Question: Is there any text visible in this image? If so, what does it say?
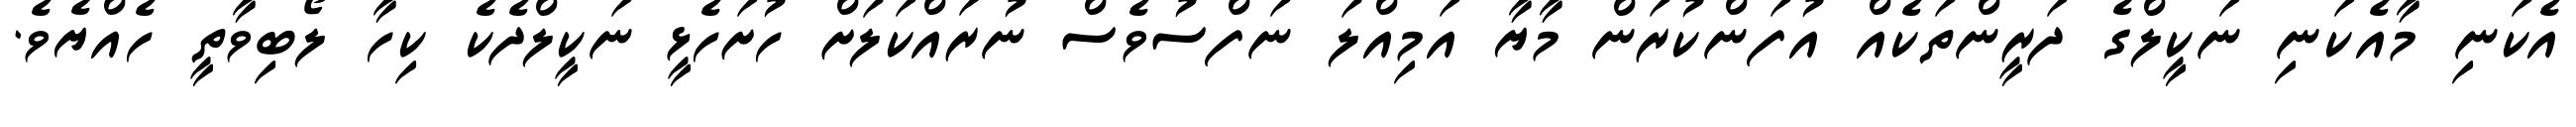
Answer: އެކަނި މާއެކަނި ނަކީލްގެ ދަރީންތަކެއް އުފަންކުރަން މާޔާ އަމިއްލަ ނަފްސުވެސް ނުރައްކަލަށް ހުށަހެޅީ ނަކީލްދެކެ ކިހާ ލޯބިވާތީ ހެއްޔެވެ.